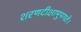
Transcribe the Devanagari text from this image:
शरणदीक्षामुपगते।